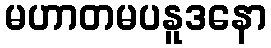
မဟာတမပနူဒနော